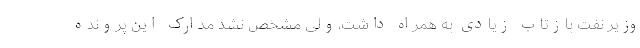
وزیر نفت بازتاب زیادی به همراه داشت،ولی مشخص نشد مدارک این پرونده